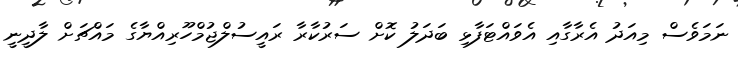
ނަމަވެސް މިއަދު އެރާގާއި އެވައްޓަފާޅި ބަދަލު ކޮށް ސަރުކާރާ ރައީސުލްޖުމްހޫރިއްޔާގެ މައްޗަށް ލާދީނީ